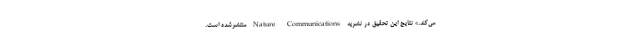
می‌کند.» نتایج این تحقیق در نشریه Nature Communications منتشرشده است.